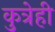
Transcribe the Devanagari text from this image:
कुत्रेही